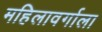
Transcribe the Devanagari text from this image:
महिलावर्गाला